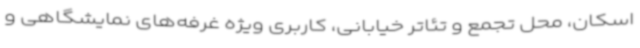
اسکان، محل تجمع و تئاتر خیابانی، کاربری ویژه غرفه‌های نمایشگاهی و